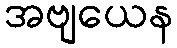
အဗျယေန